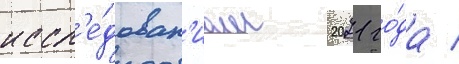
иссл'е́дован'иам 2021 го́да /